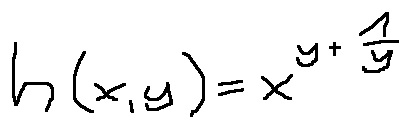
h ( x , y ) = x ^ { y + \frac { 1 } { y } }